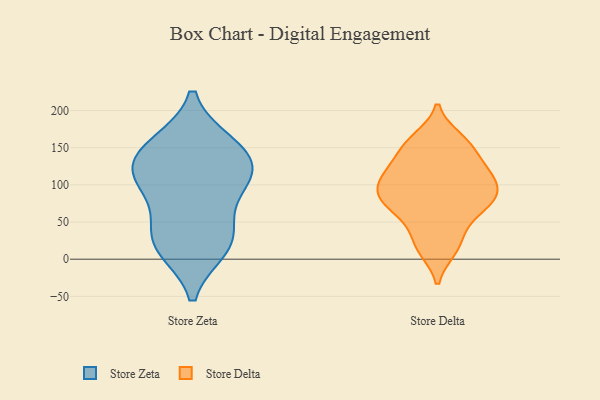
{"axis": {"x": "Satisfaction Score", "y": "Value"}, "legend": ["Store Delta", "Store Zeta"], "data": [{"x": "", "y": 15, "type": "Store Zeta"}, {"x": "", "y": 154, "type": "Store Zeta"}, {"x": "", "y": 103, "type": "Store Zeta"}, {"x": "", "y": 110, "type": "Store Zeta"}, {"x": "", "y": 102, "type": "Store Zeta"}, {"x": "", "y": 139, "type": "Store Zeta"}, {"x": "", "y": 155, "type": "Store Zeta"}, {"x": "", "y": 49, "type": "Store Zeta"}, {"x": "", "y": 18, "type": "Store Zeta"}, {"x": "", "y": 123, "type": "Store Zeta"}, {"x": "", "y": 28, "type": "Store Zeta"}, {"x": "", "y": 157, "type": "Store Delta"}, {"x": "", "y": 94, "type": "Store Delta"}, {"x": "", "y": 31, "type": "Store Delta"}, {"x": "", "y": 155, "type": "Store Delta"}, {"x": "", "y": 13, "type": "Store Delta"}, {"x": "", "y": 84, "type": "Store Delta"}, {"x": "", "y": 14, "type": "Store Delta"}, {"x": "", "y": 144, "type": "Store Delta"}, {"x": "", "y": 81, "type": "Store Delta"}, {"x": "", "y": 125, "type": "Store Delta"}, {"x": "", "y": 51, "type": "Store Delta"}, {"x": "", "y": 110, "type": "Store Delta"}, {"x": "", "y": 65, "type": "Store Delta"}, {"x": "", "y": 116, "type": "Store Delta"}, {"x": "", "y": 71, "type": "Store Delta"}, {"x": "", "y": 84, "type": "Store Delta"}, {"x": "", "y": 108, "type": "Store Delta"}, {"x": "", "y": 85, "type": "Store Delta"}, {"x": "", "y": 118, "type": "Store Delta"}, {"x": "", "y": 162, "type": "Store Delta"}]}